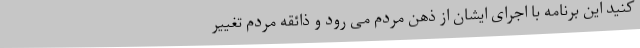
کنید این برنامه با اجرای ایشان از ذهن مردم می رود و ذائقه مردم تغییر